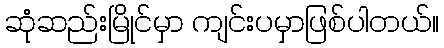
ဆုံဆည်းမြိုင်မှာ ကျင်းပမှာဖြစ်ပါတယ်။